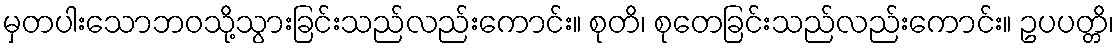
မှတပါးသောဘဝသို့သွားခြင်းသည်လည်းကောင်း။ စုတိ၊ စုတေခြင်းသည်လည်းကောင်း။ ဥပပတ္တိ၊